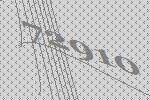
72910